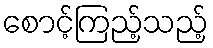
စောင့်ကြည့်သည့်